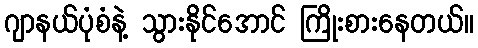
ဂျာနယ်ပုံစံနဲ့ သွားနိုင်အောင် ကြိုးစားနေတယ်။